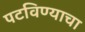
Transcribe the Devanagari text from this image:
पटविण्याचा